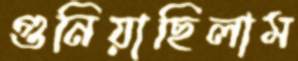
গুনিয়াছিলাম